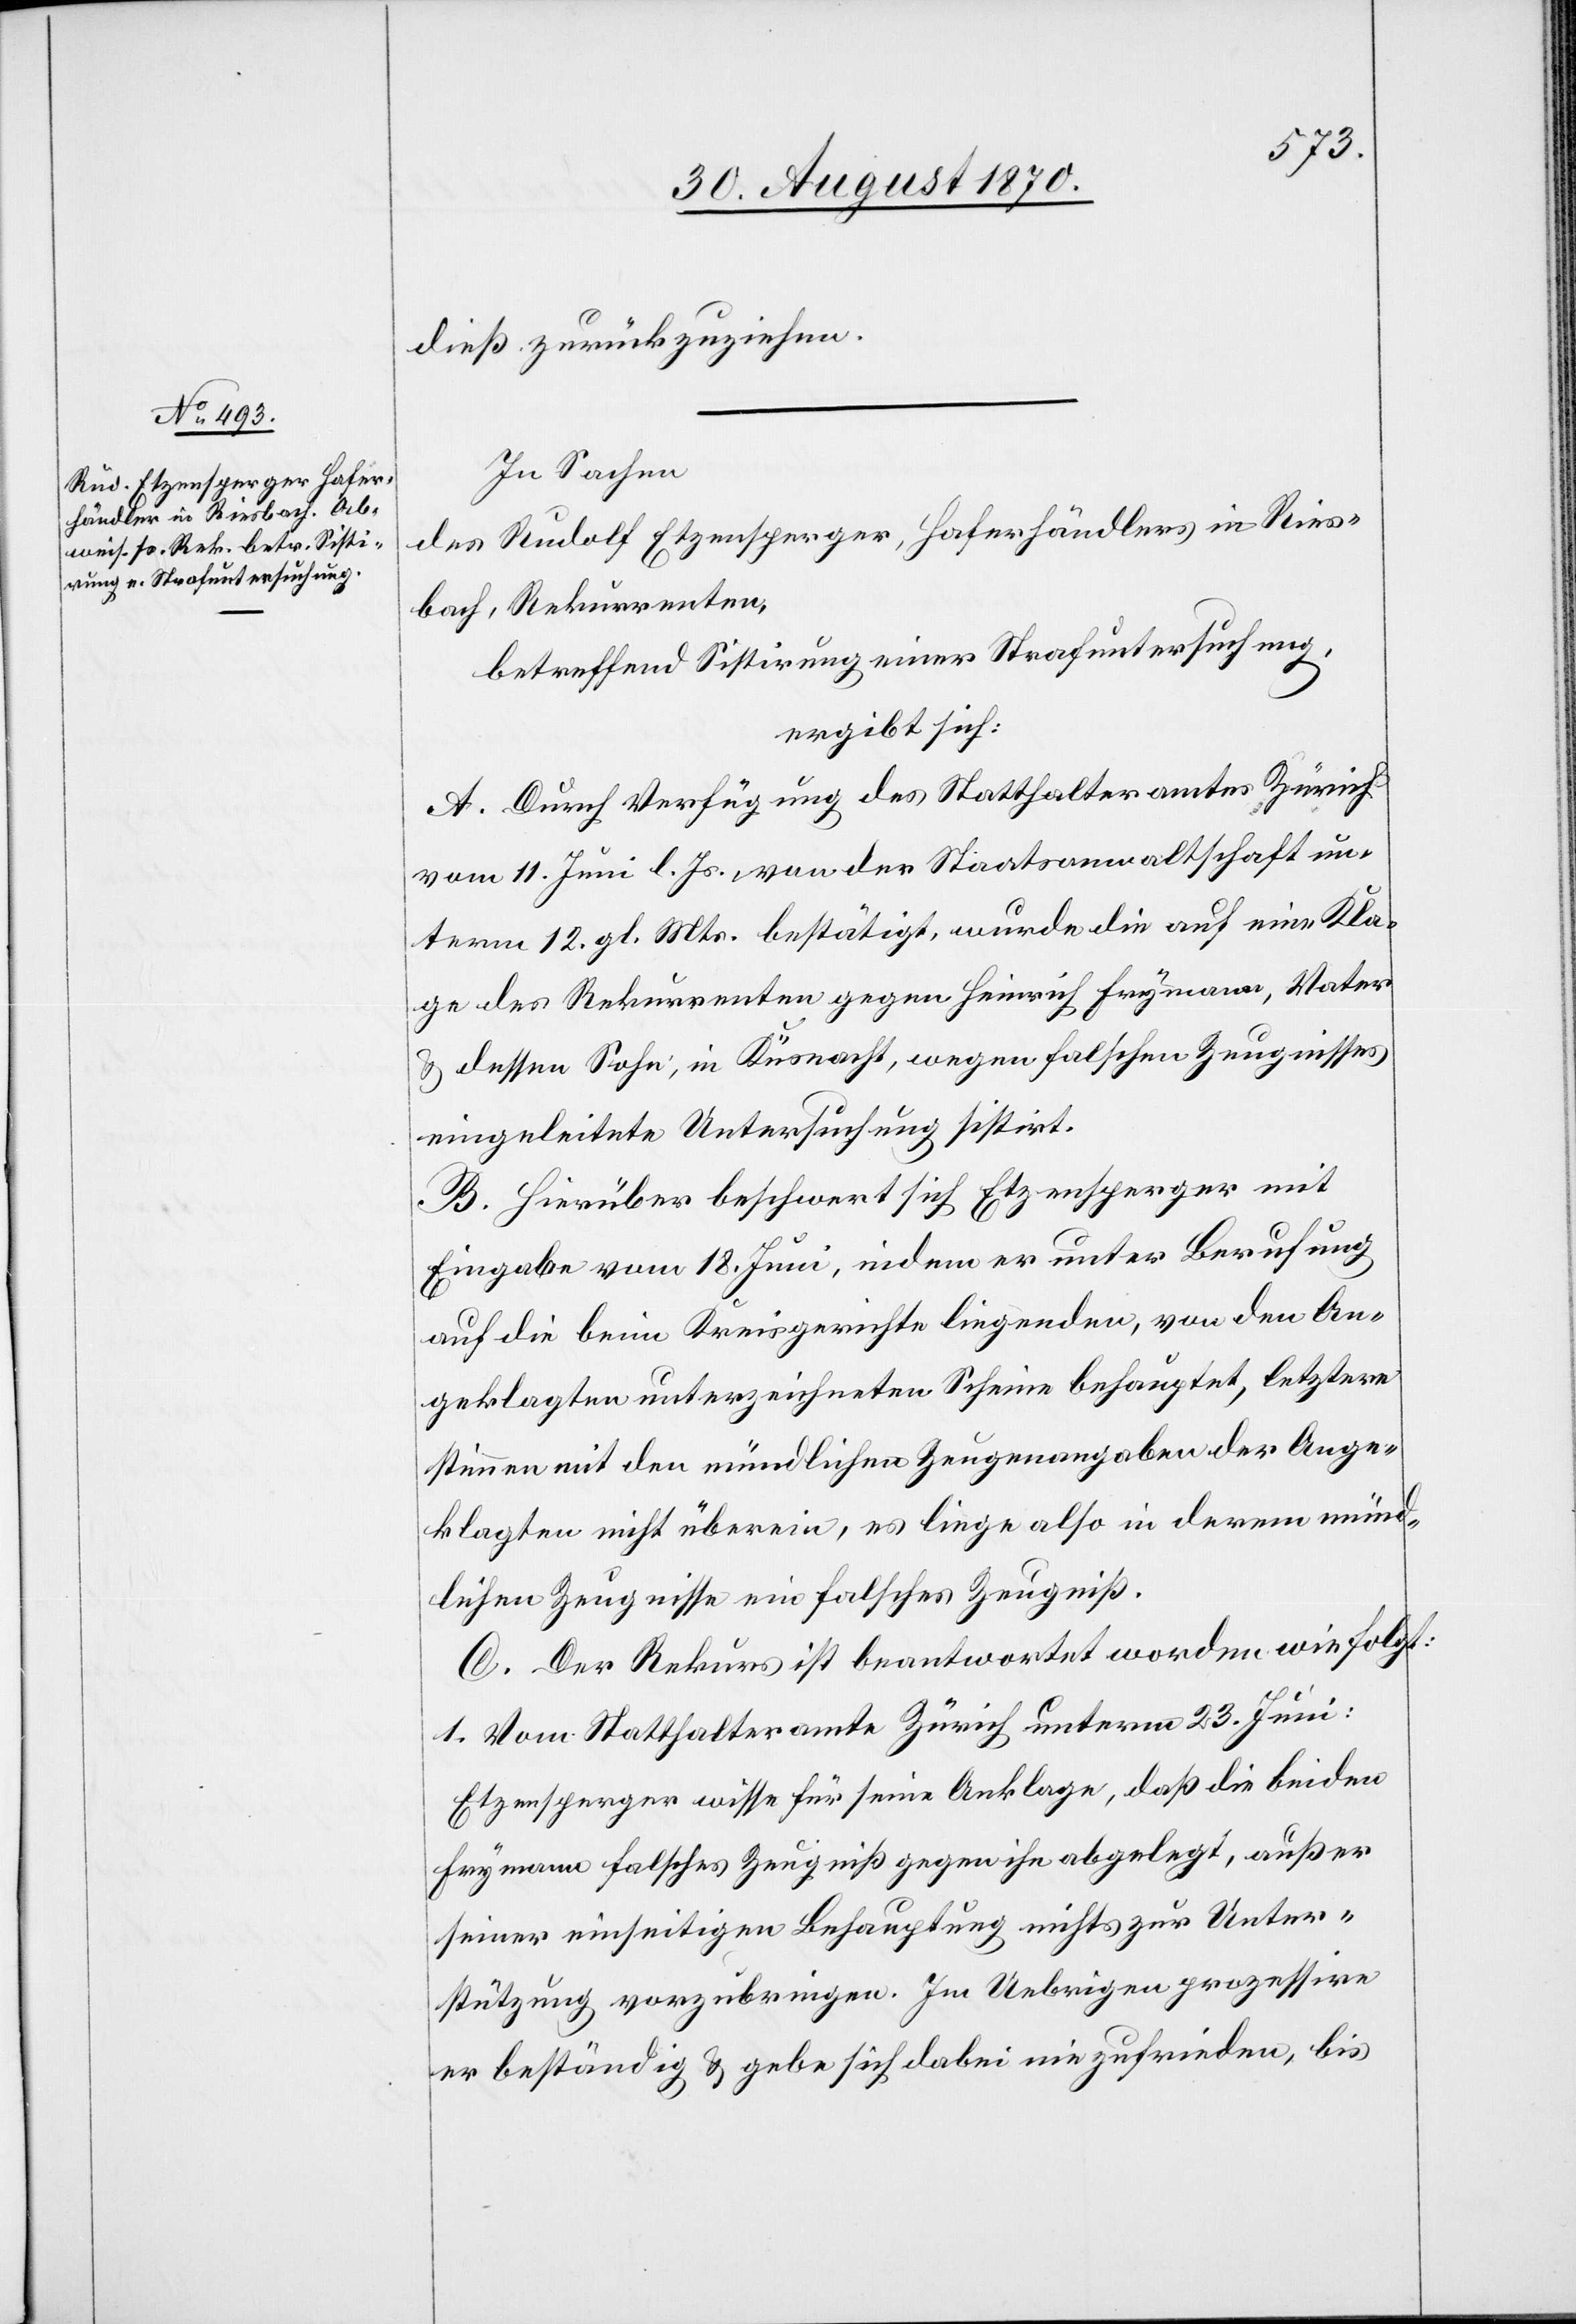
dieß zurückzuziehen.
In Sachen
des Rudolf Etzensperger, Haferhändlers in Ries¬
bach, Rekurrenten,
betreffend Sistirung einer Strafuntersuchung,
ergibt sich:
A. Durch Verfügung des Statthalteramtes Zürich
vom 11. Juni l. Js. von der Staatsanwaltschaft un¬
term 12. gl. Mts. bestätigt, wurde die auf eine Kla¬
ge des Rekurrenten gegen Heinrich Frymann, Vater
& dessen Sohn, in Küsnacht, wegen falschen Zeugnisses
eingeleitete Untersuchung sisitrt.
B. Hierüber beschwert sich Etzensperger mit
Eingabe vom 18. Juni, indem er unter Berufung
auf die beim Kreisgerichte liegenden, von den An¬
geklagten unterzeichneten Scheine behauptet, letztere
stimmen mit den mündlichen Zeugenangaben der Ange¬
klagten nicht überein, es liege also in deren münd¬
lichen Zeugnisse[n] ein falsches Zeugniß.
C. Der Rekurs ist beantwortet worden wie folgt:
1. vom Statthalteramte Zürich unterm 23. Juni:
Etzensperger wisse für seine Anklage, daß die beiden
Frymann falsches Zeugniß gegen ihn abgelegt, außer
seiner einseitigen Behauptung nichts zur Unter¬
stützung vorzubringen. Im Uebrigen prozessire
er beständig & gebe sich dabei nie zufrieden, bis